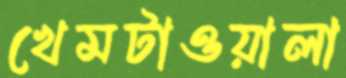
খেমটাওয়ালা